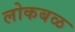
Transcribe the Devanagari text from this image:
लोकबळ